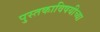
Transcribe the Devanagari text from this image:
पुस्तकाविषयीच्या